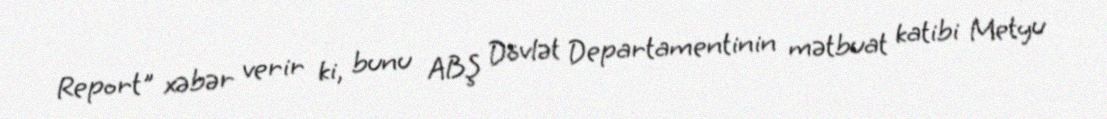
Report" xəbər verir ki, bunu ABŞ Dövlət Departamentinin mətbuat katibi Metyu